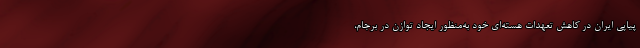
پیاپی ایران در کاهش تعهدات هسته‌ای خود به‌منظور ایجاد توازن در برجام،